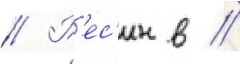
// Р'ес'ин в //